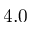
4 . 0